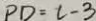
P D = c - 3